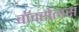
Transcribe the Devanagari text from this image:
वॉक्सेलस